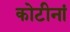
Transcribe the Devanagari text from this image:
कोटीनां